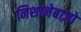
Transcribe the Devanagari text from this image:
निशानेबाज़ो